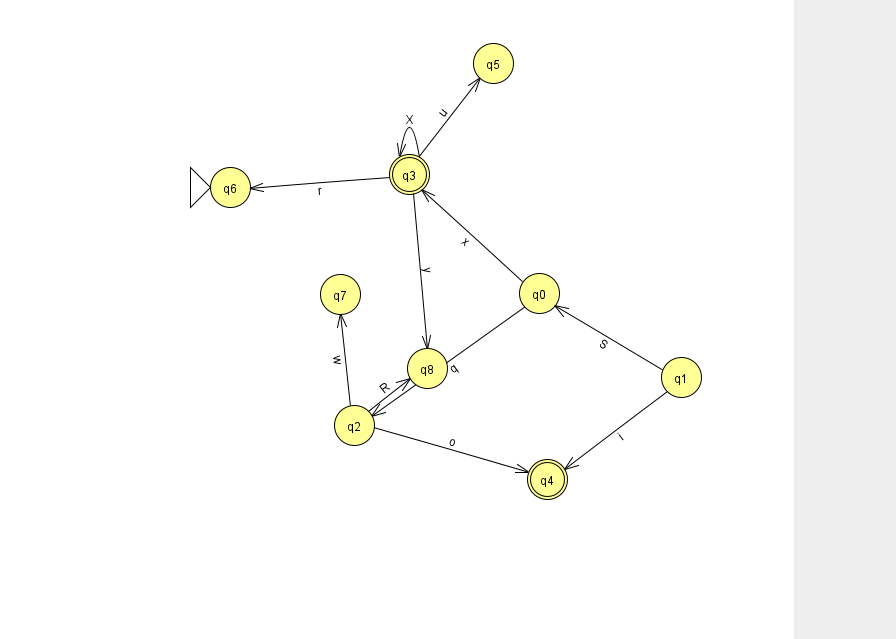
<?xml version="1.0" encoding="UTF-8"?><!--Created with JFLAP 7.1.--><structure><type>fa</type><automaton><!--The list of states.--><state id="0" name="q0"><x>539.0</x><y>280.0</y></state><state id="1" name="q1"><x>681.0</x><y>364.0</y></state><state id="2" name="q2"><x>354.0</x><y>412.0</y></state><state id="3" name="q3"><x>409.0</x><y>161.0</y><final/></state><state id="4" name="q4"><x>547.0</x><y>466.0</y><final/></state><state id="5" name="q5"><x>493.0</x><y>50.0</y></state><state id="6" name="q6"><x>230.0</x><y>174.0</y><initial/></state><state id="7" name="q7"><x>340.0</x><y>281.0</y></state><state id="8" name="q8"><x>427.0</x><y>355.0</y></state><!--The list of transitions.--><transition><from>2</from><to>8</to><read>R</read></transition><transition><from>0</from><to>2</to><read>q</read></transition><transition><from>1</from><to>4</to><read>i</read></transition><transition><from>0</from><to>3</to><read>x</read></transition><transition><from>2</from><to>7</to><read>w</read></transition><transition><from>3</from><to>6</to><read>r</read></transition><transition><from>3</from><to>5</to><read>u</read></transition><transition><from>3</from><to>8</to><read>y</read></transition><transition><from>3</from><to>3</to><read>X</read></transition><transition><from>1</from><to>0</to><read>S</read></transition><transition><from>2</from><to>4</to><read>o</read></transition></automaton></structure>